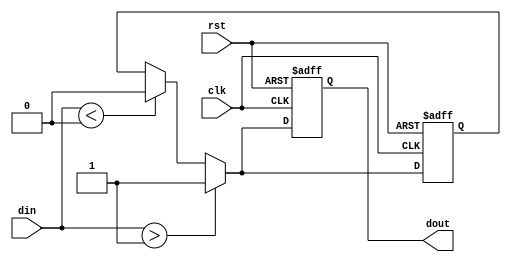
module Schmitt_trigger_buffer (
    input wire clk, // Input clock signal
    input wire rst, // Input reset signal
    input wire din, // Input data signal
    output reg dout // Output data signal
);

parameter VHIGH = 1; // High threshold voltage level
parameter VLOW = 0; // Low threshold voltage level

reg prev_dout; // Previous output data value

always @(posedge clk or posedge rst) begin
    if (rst) begin
        dout <= 0;
        prev_dout <= 0;
    end else begin
        if (din > VHIGH) begin
            dout <= 1;
            prev_dout <= 1;
        end else if (din < VLOW) begin
            dout <= 0;
            prev_dout <= 0;
        end else begin
            dout <= prev_dout;
        end
    end
end

endmodule